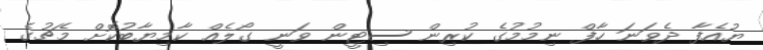
ޔުއެފާ ދެވަނަ ހާފް ނިމުމުގެ ކުރިން ސިޓީން ވަނީ ގޯލެއް ކާމިޔާބުކޮށް މެޗުގެ